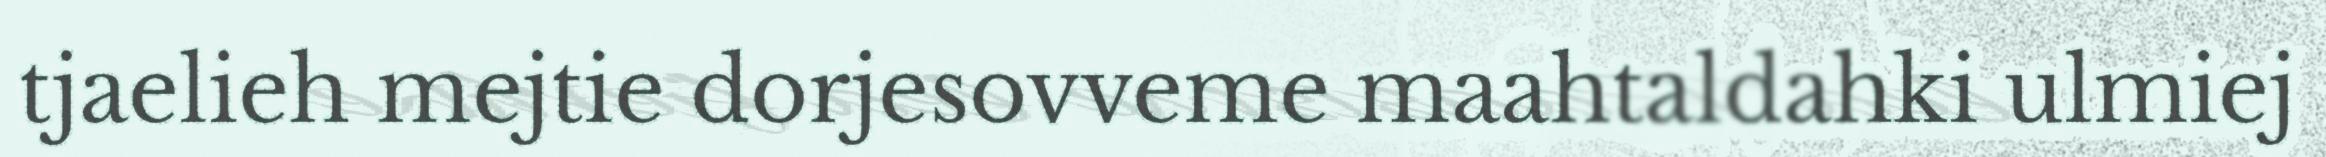
tjaelieh mejtie dorjesovveme maahtaldahki ulmiej